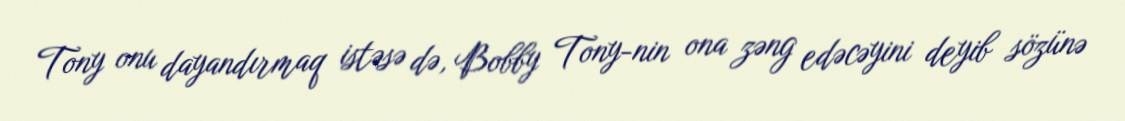
Tony onu dayandırmaq istəsə də, Bobby Tony-nin ona zəng edəcəyini deyib sözünə